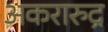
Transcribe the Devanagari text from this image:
अकरारुद्र